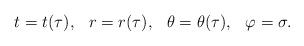
\begin{align*}t = t(\tau) , \hspace{0.3cm} r = r(\tau), \hspace{0.3cm} \theta = \theta(\tau),\hspace{0.3cm} \varphi = \sigma .\end{align*}